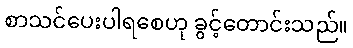
စာသင်ပေးပါရစေဟု ခွင့်တောင်းသည်။